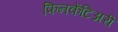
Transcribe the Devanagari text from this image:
फिनकेंटिअरी